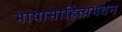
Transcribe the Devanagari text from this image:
भाषासाहित्यभवन